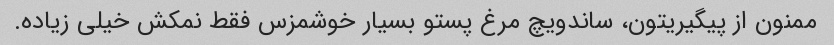
ممنون از پیگیریتون، ساندویچ مرغ پستو بسیار خوشمزس فقط نمکش خیلی زیاده.